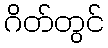
ဂိတ်တွင်